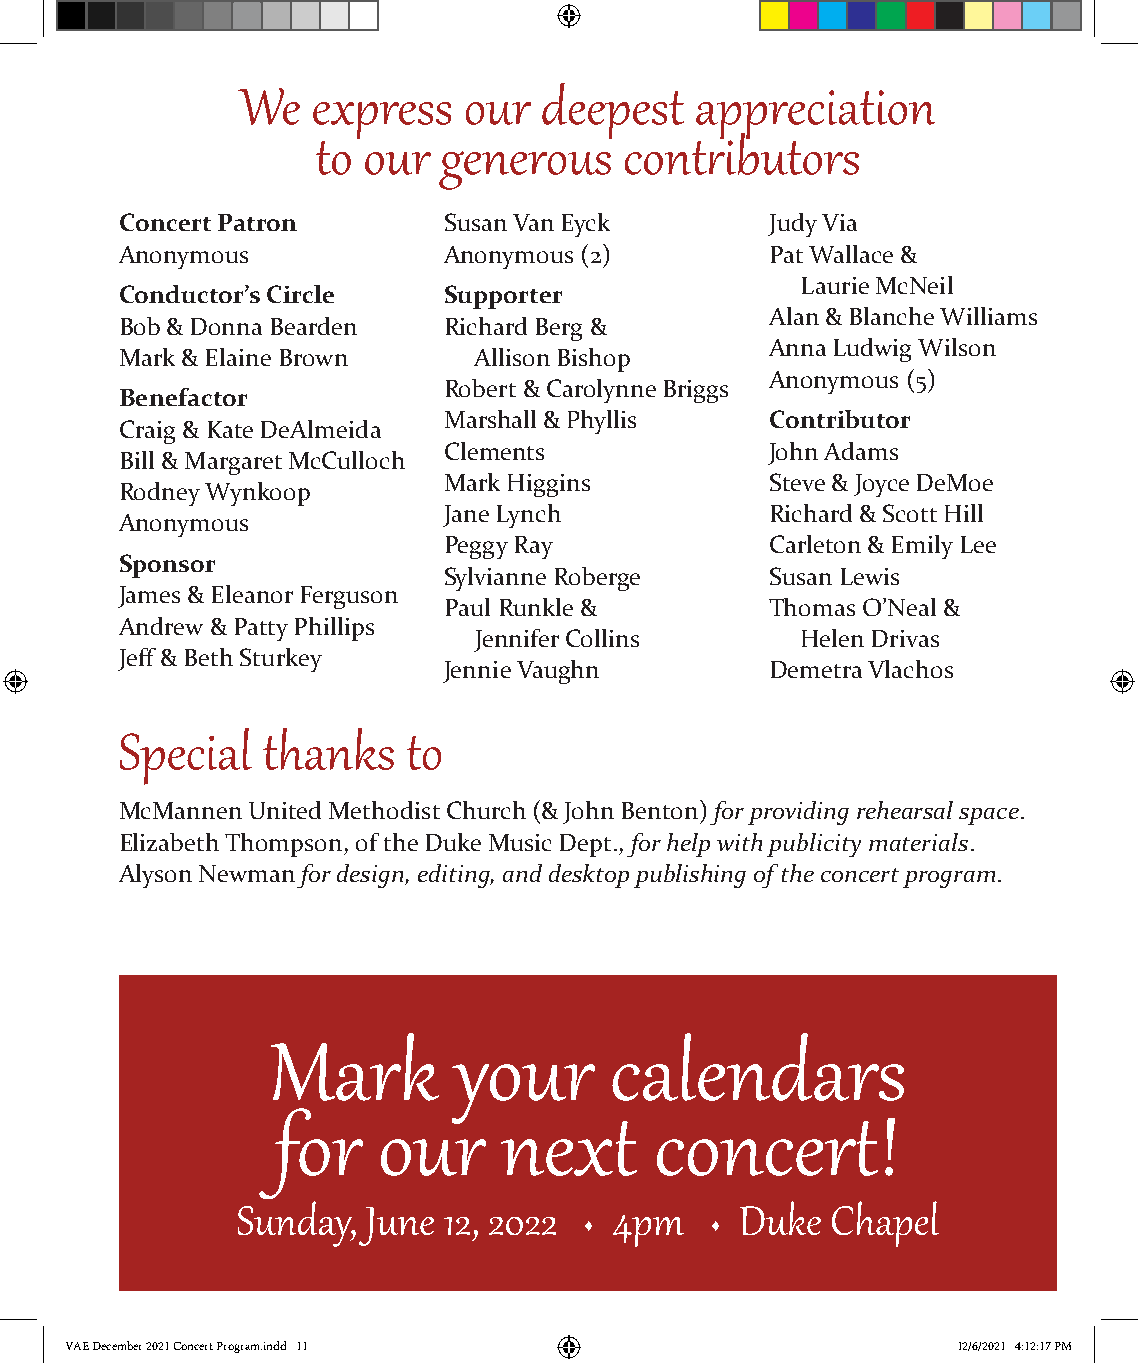
We   express   our  deepest   appreciation
 to our  generous    contributors
 Concert Patron       Susan Van Eyck        Judy Via
 Anonymous            Anonymous (2)         Pat Wallace &
 Laurie McNeil
 Conductor’s Circle   Supporter
 Alan & Blanche Williams
 Bob & Donna Bearden  Richard Berg &
 Anna Ludwig Wilson
 Mark & Elaine Brown    Allison Bishop
 Anonymous (5)
 Robert & Carolynne Briggs
 Benefactor
 Marshall & Phyllis    Contributor
 Craig & Kate DeAlmeida
 Clements              John Adams
 Bill & Margaret McCulloch
 Mark Higgins          Steve & Joyce DeMoe
 Rodney Wynkoop
 Jane Lynch            Richard & Scott Hill
 Anonymous
 Peggy Ray             Carleton & Emily Lee
 Sponsor
 Sylvianne Roberge     Susan Lewis
 James & Eleanor Ferguson
 Paul Runkle &         Thomas O’Neal &
 Andrew & Patty Phillips
 Jennifer Collins      Helen Drivas
 Jeff & Beth Sturkey
 Jennie Vaughn         Demetra Vlachos
 Special  thanks    to
 McMannen United Methodist Church (& John Benton) for providing rehearsal space.
 Elizabeth Thompson, of the Duke Music Dept., for help with publicity materials.
 Alyson Newman for design, editing, and desktop publishing of the concert program.
 Mark        your      calendars
 for    our     next      concert!
 Sunday, June 12, 2022  s 4pm   s Duke  Chapel
 VVAAEE DDeecceemmbbeerr 22002211 CCoonncceerrtt PPrrooggrraamm..iinndddd 1111 1122//66//22002211 44::1122::1177 PPMM